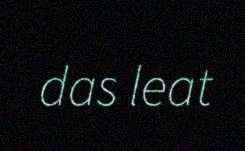
das leat